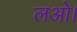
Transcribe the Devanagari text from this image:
लओ।